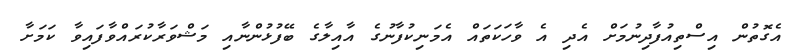
އެގޮތުން އިސްތިއުފާދިނުމަށް އެދި އެ ވާހަކަތައް އެމަނިކުފާނުގެ އާއިލާގެ ބޭފުޅުންނާއި މަޝްވަރާކުރައްވާފައިވާ ކަމަށާ